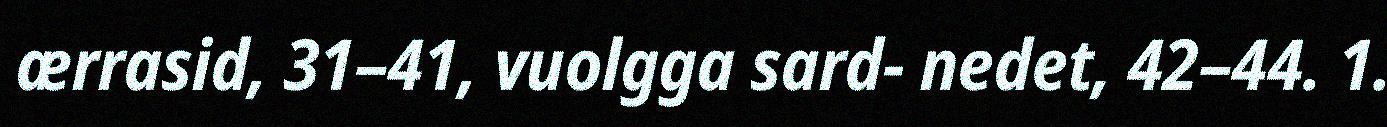
ærrasid, 31–41, vuolgga sard- nedet, 42–44. 1.